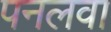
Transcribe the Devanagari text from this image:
पनलवा